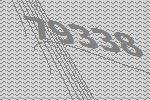
79338